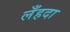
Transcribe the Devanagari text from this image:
लँहदा